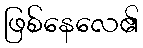
ဖြစ်နေလေ၏